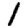
Digit: 1